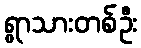
ရွာသားတစ်ဦး